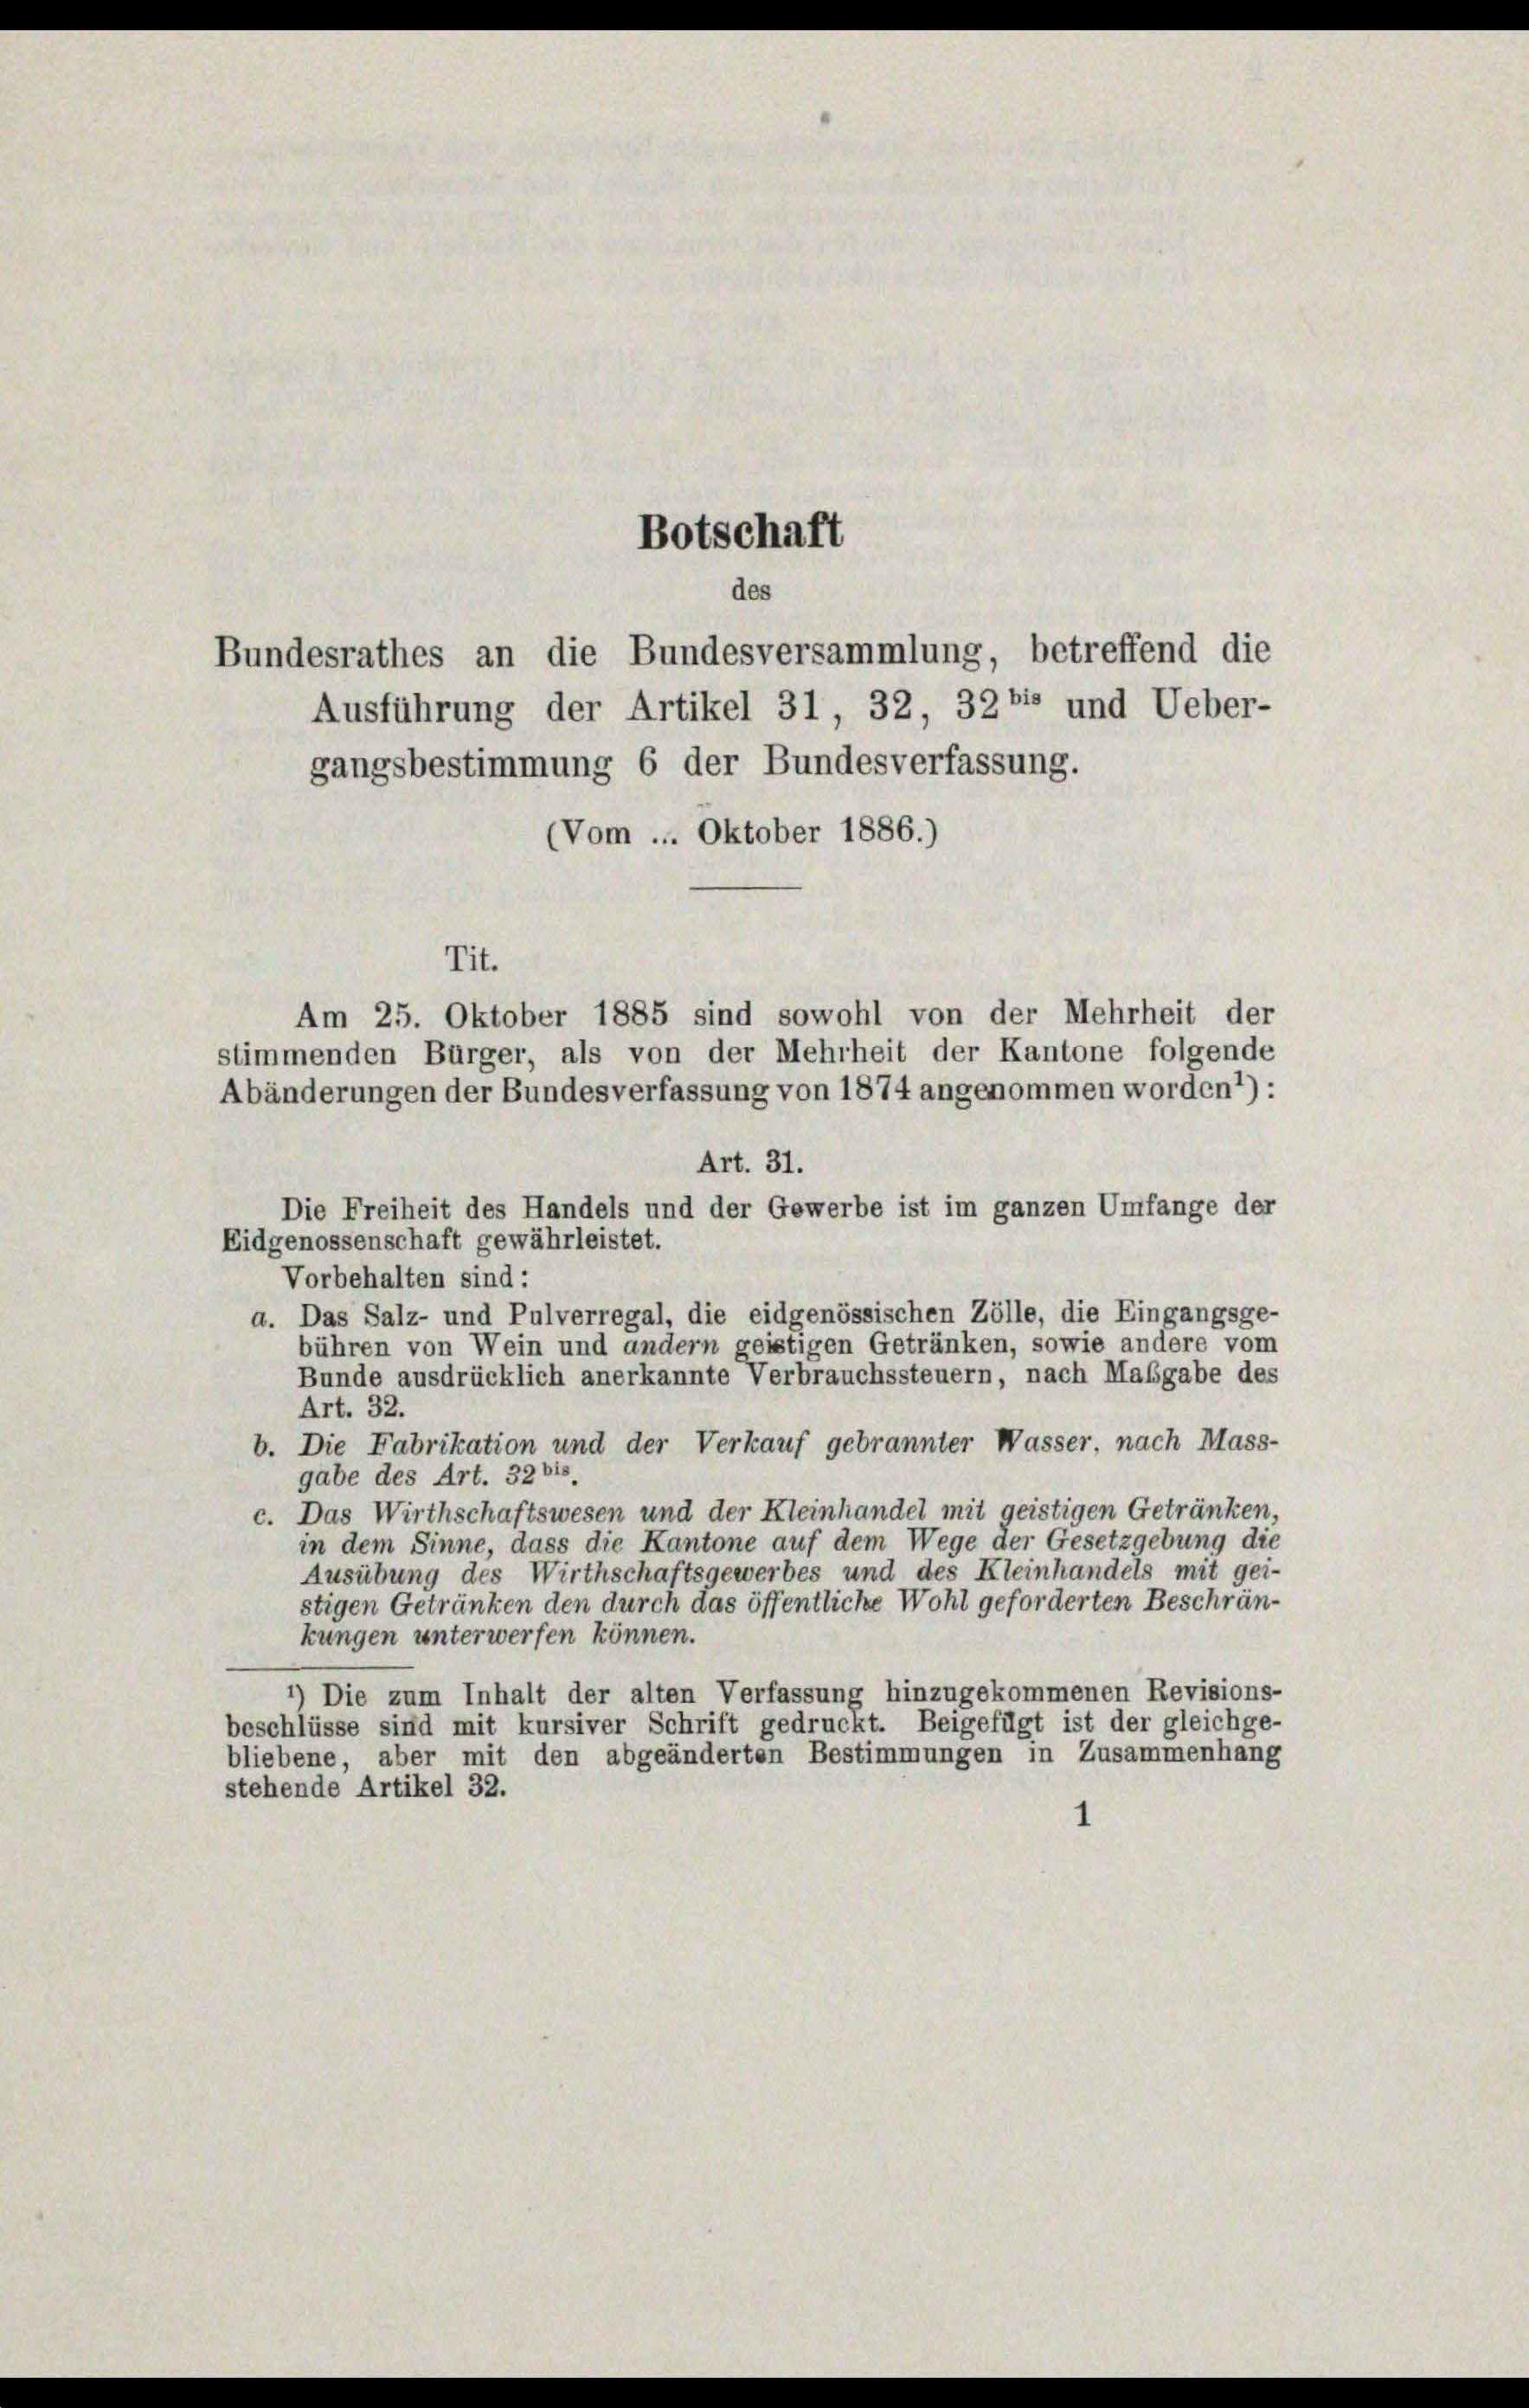
des
Bundesrathes an die Bundesversammlung, betreffend die
Ausführung der Artikel 31, 32, 326 und Ueber-
gangsbestimmung 6 der Bundesverfassung.
(Vom ... Oktober 1886.)
Tit.
Am 25. Oktober 1885 sind sowohl von der Mehrheit der
stimmenden Bürger, als von der Mehrheit der Kantone folgende
Abänderungen der Bundesverfassung von 1874 angenommen worden1):
Art. 31.
Die Freiheit des Handels und der Gewerbe ist im ganzen Umfange der
Eidgenossenschaft gewährleistet.
Vorbehalten sind:
a. Das Salz- und Pulverregal, die eidgenössischen Zölle, die Eingangsge-
bühren von Wein und andern geistigen Getränken, sowie andere vom
Bunde ausdrücklich anerkannte Verbrauchssteuern, nach Maßgabe des
Art. 32.
b. Die Fabrikation und der Verkauf gebrannter Wasser, nach Mass-
gabe des Art. 32 bis.
c. Das Wirthschaftswesen und der Kleinhandel mit geistigen Getränken,
in dem Sinne, dass die Kantone auf dem Wege der Gesetzgebung die
Ausübung des Wirthschaftsgewerbes und des Kleinhandels mit gei-
stigen Getränken den durch das öffentliche Wohl geforderten Beschrän-
kungen unterwerfen können.
*) Die zum Inhalt der alten Verfassung hinzugekommenen Revisions-
beschlüsse sind mit kursiver Schrift gedruckt. Beigefügt ist der gleichge-
bliebene, aber mit den abgeänderten Bestimmungen in Zusammenhang
stehende Artikel 32.

Botschaft